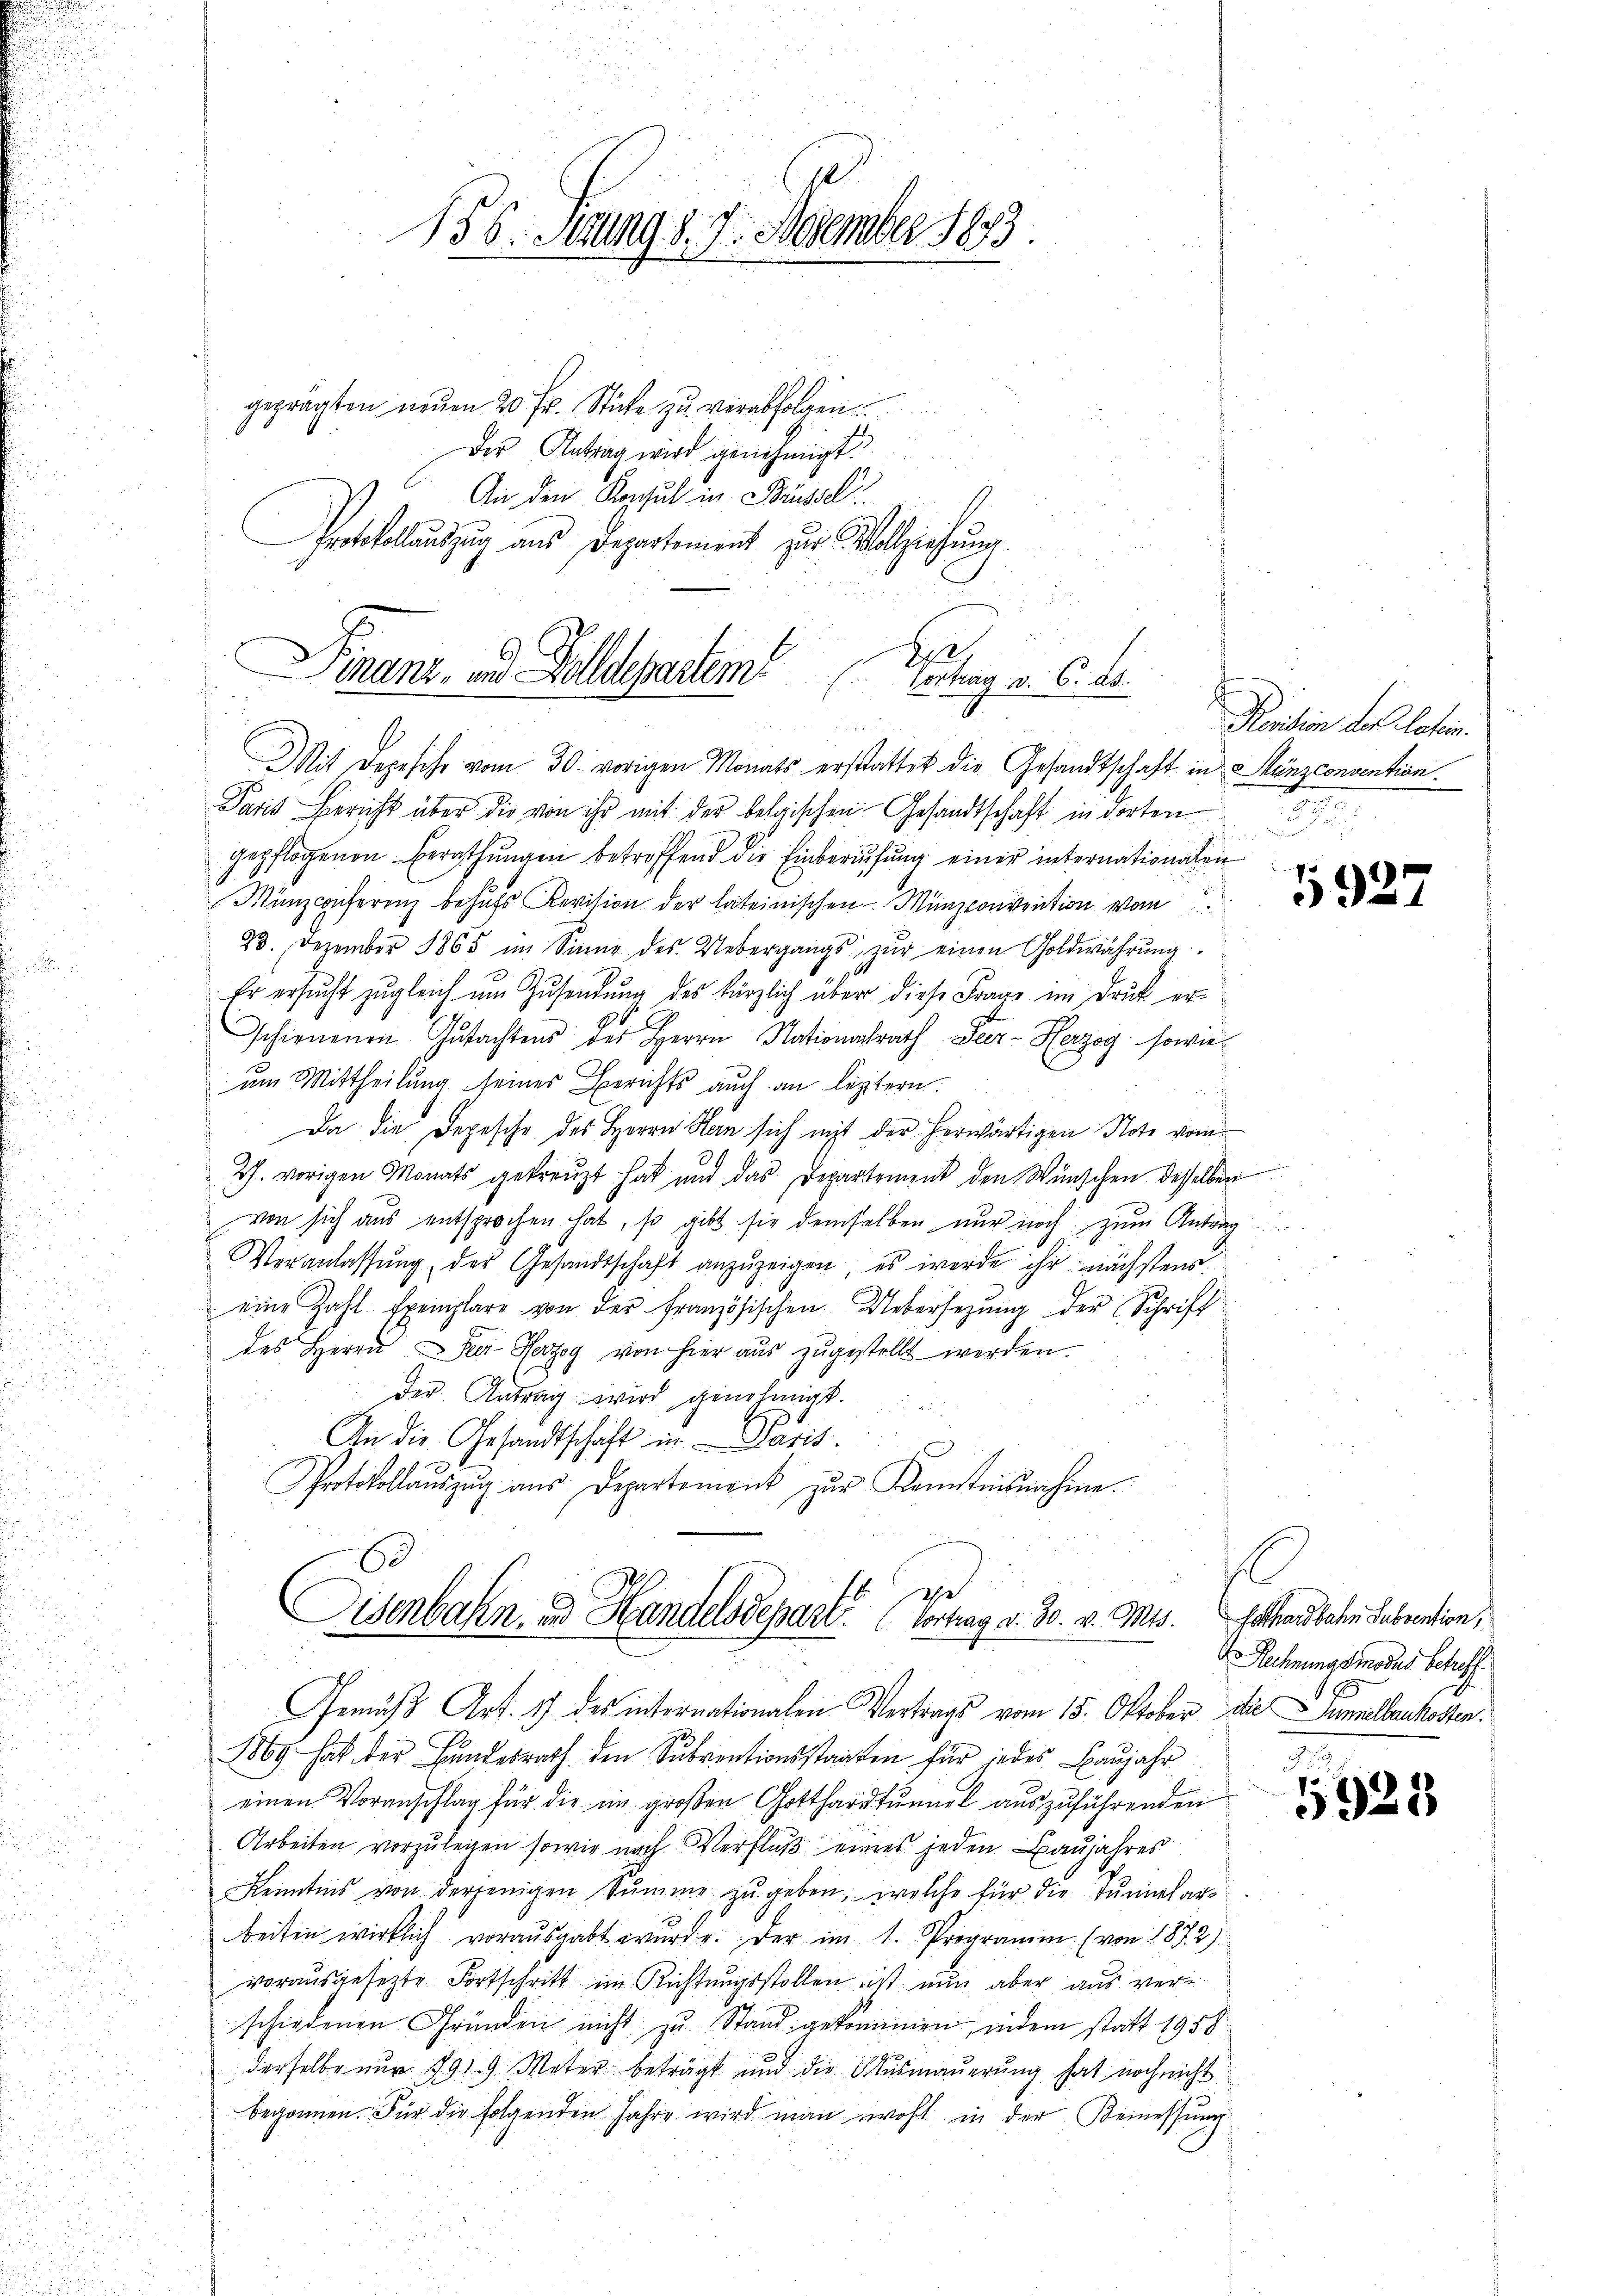
156. Sings 7. Dezember 1873.
geprägten neŭen 20 Fr. Stücke zu verabfolgen.
Der Antrag wird genehmigt.

An den Konsul in Brüssel
Protokollauszug aus Departement zur Vollziehung.

Bre
Finanz- und Felldepartem
Vortrag v. 6. ds.

Mit Depesche vom 30. vorigen Monats erstattet die Gesandtschaft in Manzconvention.
Paris Bericht über die von ihr mit der belgischen Gesandtschaft in dorten
gepflogenen Berathungen betreffend die Einberufung einer internationalen
Münzconferenz behufs Revision der lateinischen Münzconvention vom
23. Dezember 1865 im Sinne des Uebergangs zŭr einen Goldwährŭng
Er ersucht zugleich um Zusendung des kürzlich über diese Frage im Druck er¬
E
schienenen Gutachtens des Herrn Nationalrath Seer-Herzog sowieum Mittheilung seines Berichts auch an leztern.

Da die Depesche des Herrn Han sich mit der herwärtigen Note vom
2h. vorigen Monats gekreuzt hat und das Departement den Wünschen desselben
von sich aus entsprochen hat, so gibt sie demselben nur noch zum Antrag
Veranlassŭng der Gesandtschaft anzuzeigen, es werde ihr nächstens
u
eine Zahl Exemplare von der Französischen Uebersezung der Schrift
des Herrn Sei Herzog von hier aŭs zŭgestellt werden.
.
Der Antrag wird genehmigt.
An die Gesandtschaft in Paris.
Protokollaŭszŭg aŭs Departement zŭr Kemstesnahme.
l
he
Eisenbahn- und Handelsdepart. (Vortrag v. 30. v. Mts. Gothenbachen Subvention,

Gemäß Art. 17 des internationalen Vertrags vom 15. Oktober Die Summelbaukosten.

1869 hat der Hundesrath den Subventionsstaaten für jedes Baŭjahr
einen Voranschlag für die im großen Gotthardtunnel auszuführenden
Arbeiten vorzulegen sowie nach Verfluß eines jeden Baujahres
Kenntnis von derjenigen Sŭmme zŭ geben, welche für die Tŭnilar-
beiten wirklich vorausgabt wurde. Der im 1. Programm (von 1872)
vorausgesetzte Fortschritt im Richtungsstellen ist nun aber aus verschiedenen Gründen nicht zu Stand gekommen, indem statt 1958
derselbe nur 1919 Mater beträgt und die Ausmauerung hat noch nicht
begonnen. Für die folgenden Jahre wird man wohl in der Beinessung

Renition des lotin.

1922

Rechnungsmodus betreff

Fu
1
5925